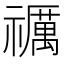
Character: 禲